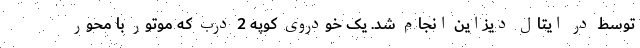
توسط در ایتال دیزاین انجام شد. یک خودروی کوپه 2 درب که موتور با محور